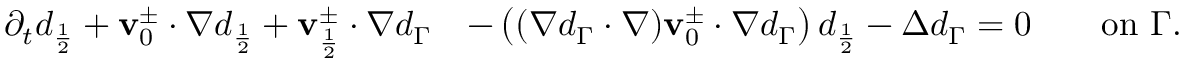
\begin{array} { r l } { \partial _ { t } d _ { \frac { 1 } { 2 } } + \mathbf { v } _ { 0 } ^ { \pm } \cdot \nabla d _ { \frac { 1 } { 2 } } + \mathbf { v } _ { \frac { 1 } { 2 } } ^ { \pm } \cdot \nabla d _ { \Gamma } } & { - \left( ( \nabla d _ { \Gamma } \cdot \nabla ) \mathbf { v } _ { 0 } ^ { \pm } \cdot \nabla d _ { \Gamma } \right) d _ { \frac { 1 } { 2 } } - \Delta d _ { \Gamma } = 0 \qquad \mathrm { o n ~ } \Gamma . } \end{array}